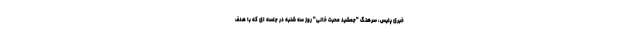
خبری پلیس، سرهنگ "جمشید محبت خانی" روز سه شنبه در جلسه ای که با هدف